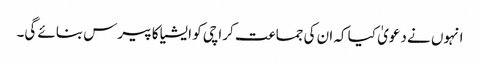
انہوں نے دعویٰ کیا کہ ان کی جماعت کراچی کو ایشیا کا پیرس بنائے گی۔